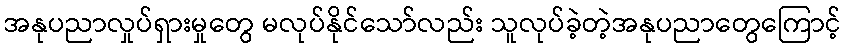
အနုပညာလှုပ်ရှားမှုတွေ မလုပ်နိုင်သော်လည်း သူလုပ်ခဲ့တဲ့အနုပညာတွေကြောင့်